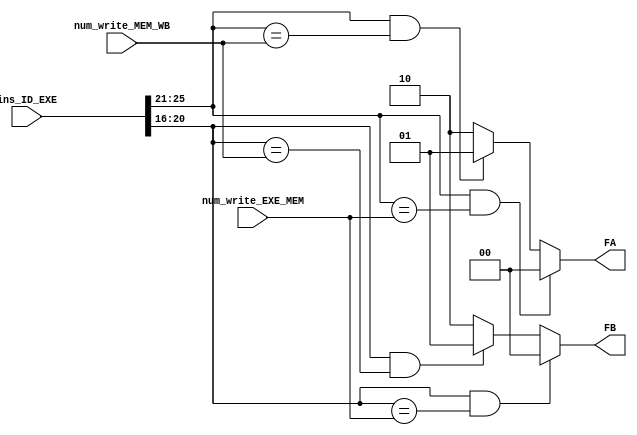
module forward(ins_ID_EXE,num_write_EXE_MEM,num_write_MEM_WB,FA,FB);

	input [31:0]ins_ID_EXE;
	input [4:0]num_write_EXE_MEM;
	input [4:0]num_write_MEM_WB;
	
	output reg [1:0] FA;
	output reg [1:0] FB;
	
	always@(*) 
		begin
			FA<=2'b10;
			FB<=2'b10;
			if(ins_ID_EXE[25:21]&&(ins_ID_EXE[25:21]==num_write_MEM_WB))
				FA<=2'b01;
			if(ins_ID_EXE[25:21]&&(ins_ID_EXE[25:21]==num_write_EXE_MEM))   
				FA<=2'b00;
			
			if(ins_ID_EXE[20:16]&&(ins_ID_EXE[20:16]==num_write_MEM_WB))
				FB<=2'b01;
			if(ins_ID_EXE[20:16]&&(ins_ID_EXE[20:16]==num_write_EXE_MEM))
				FB<=2'b00;
		end

endmodule